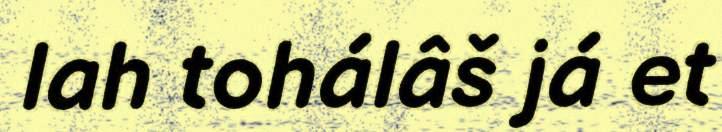
lah tohálâš já et